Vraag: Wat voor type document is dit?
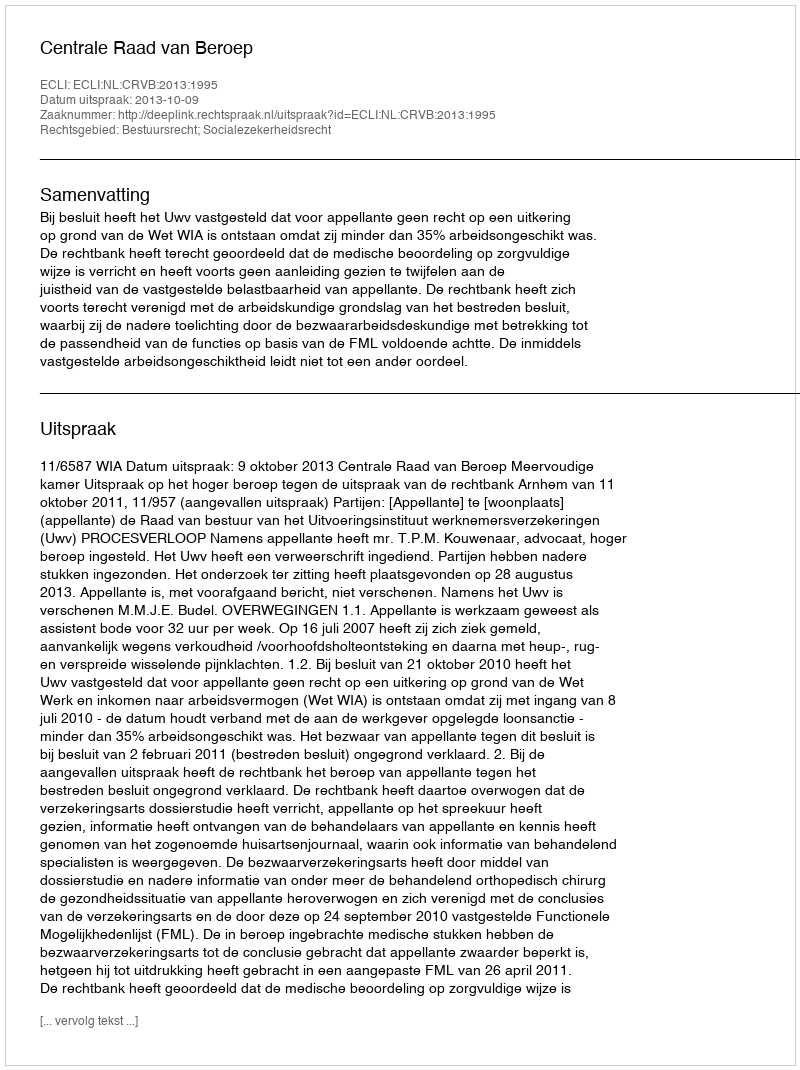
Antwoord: Uitspraak